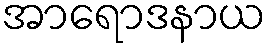
အာရောဒနာယ